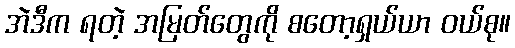
အဲဒီက ရတဲ့ အမြတ်တွေကို စတော့ရှယ်ယာ ဝယ်စု။